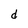
Character: d